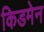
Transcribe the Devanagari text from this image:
किडमेन